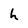
Character: h